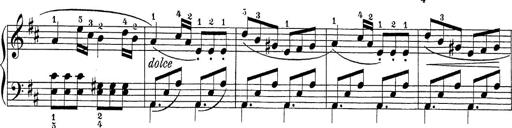
Title: Sonatina Album
Composer: Louis KÃ¶hler